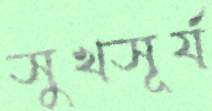
সুখসূর্য